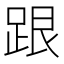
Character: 跟